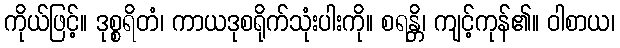
ကိုယ်ဖြင့်။ ဒုစ္စရိတံ၊ ကာယဒုစရိုက်သုံးပါးကို။ စရန္တိ၊ ကျင့်ကုန်၏။ ဝါစာယ၊